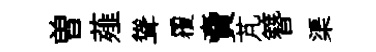
曽薤聳覆𧶠芃簪渠